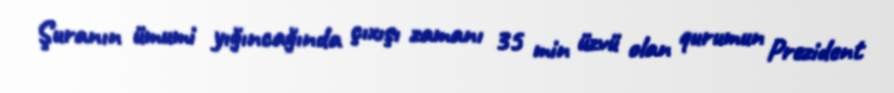
Şuranın ümumi yığıncağında çıxışı zamanı 35 min üzvü olan qurumun Prezident